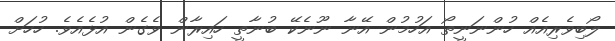
ލޯބިވެރިއެއް ހުންނަނީތޯ އަހުމުން އޭނާ ނޫނެކޭ ބުނާތީ ހައިރާން ވެގެން އުޅެއެވެ. ހުހަށް